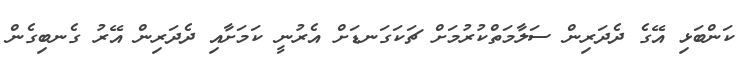
ކަންބަޅި އޭގެ ދެދަރިން ސަލާމަތްކުރުމަށް ޗަކަގަނޑަށް އެރުނީ ކަމަށާއި ދެދަރިން އޭރު ގެނބިގެން